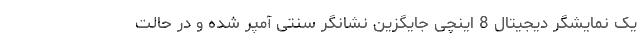
یک نمایشگر دیجیتال 8 اینچی جایگزین نشانگر سنتی آمپر شده و در حالت